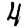
Digit: 4